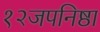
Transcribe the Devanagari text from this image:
१२जपनिष्ठा